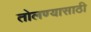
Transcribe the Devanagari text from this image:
तोलण्यासाठी